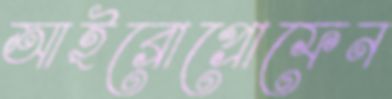
আইব্রোপ্রোফেন